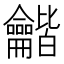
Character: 龤